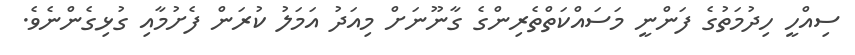
ސިއްހީ ހިދުމަތުގެ ފަންނީ މަސައްކަތްތެރިންގެ ގާނޫނަށް މިއަދު އަމަލު ކުރަން ފެށުމާއި ގުޅިގެންނެވެ.